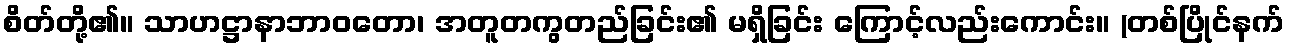
စိတ်တို့၏။ သာဟဋ္ဌာနာဘာဝတော၊ အတူတကွတည်ခြင်း၏ မရှိခြင်း ကြောင့်လည်းကောင်း။ (တစ်ပြိုင်နက်